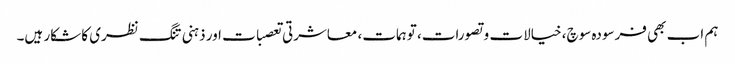
ہم اب بھی فرسودہ سوچ، خیالات و تصورات، توہمات، معاشرتی تعصبات اور ذہنی تنگ نظری کا شکار ہیں۔